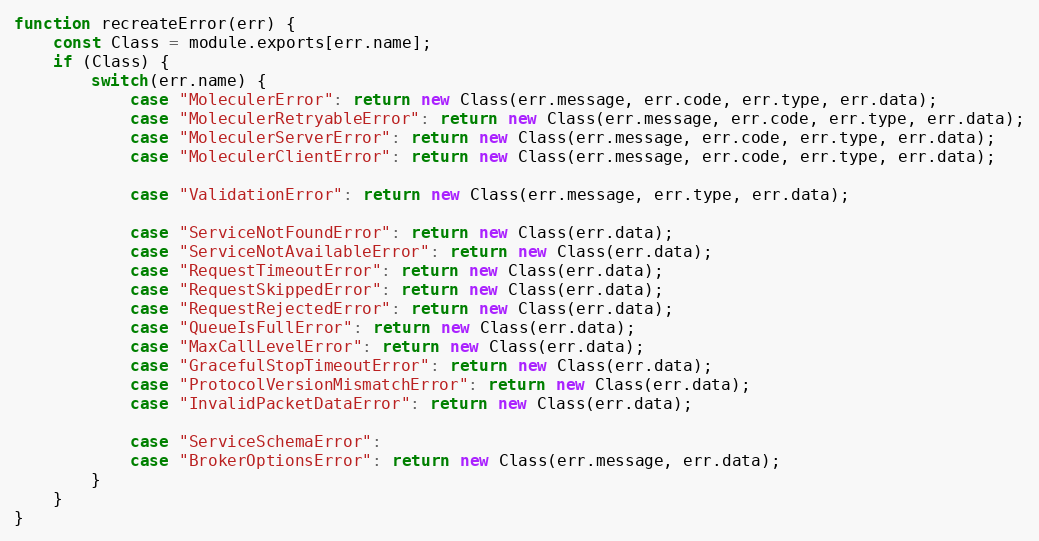
Language: JavaScript
function recreateError(err) {
	const Class = module.exports[err.name];
	if (Class) {
		switch(err.name) {
			case "MoleculerError": return new Class(err.message, err.code, err.type, err.data);
			case "MoleculerRetryableError": return new Class(err.message, err.code, err.type, err.data);
			case "MoleculerServerError": return new Class(err.message, err.code, err.type, err.data);
			case "MoleculerClientError": return new Class(err.message, err.code, err.type, err.data);

			case "ValidationError": return new Class(err.message, err.type, err.data);

			case "ServiceNotFoundError": return new Class(err.data);
			case "ServiceNotAvailableError": return new Class(err.data);
			case "RequestTimeoutError": return new Class(err.data);
			case "RequestSkippedError": return new Class(err.data);
			case "RequestRejectedError": return new Class(err.data);
			case "QueueIsFullError": return new Class(err.data);
			case "MaxCallLevelError": return new Class(err.data);
			case "GracefulStopTimeoutError": return new Class(err.data);
			case "ProtocolVersionMismatchError": return new Class(err.data);
			case "InvalidPacketDataError": return new Class(err.data);

			case "ServiceSchemaError":
			case "BrokerOptionsError": return new Class(err.message, err.data);
		}
	}
}